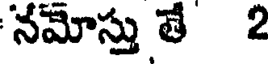
నమోస్తు తే 2